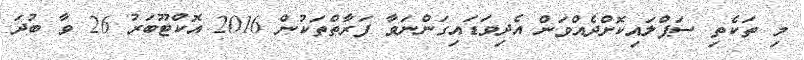
މި ތަކެތި ސަޕްލައިކޮށްދެއްވަން އެދިވަޑައިގަންނަވާ ފަރާތްތަކުން 2016 އޮކްޓޫބަރު 26 ވާ ބުދަ